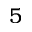
5